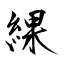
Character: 綶